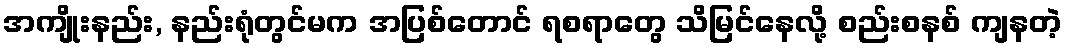
အကျိုးနည်း, နည်းရုံတွင်မက အပြစ်တောင် ရစရာတွေ သိမြင်နေလို့ စည်းစနစ် ကျနတဲ့